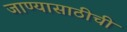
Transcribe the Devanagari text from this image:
जाण्यासाठीची